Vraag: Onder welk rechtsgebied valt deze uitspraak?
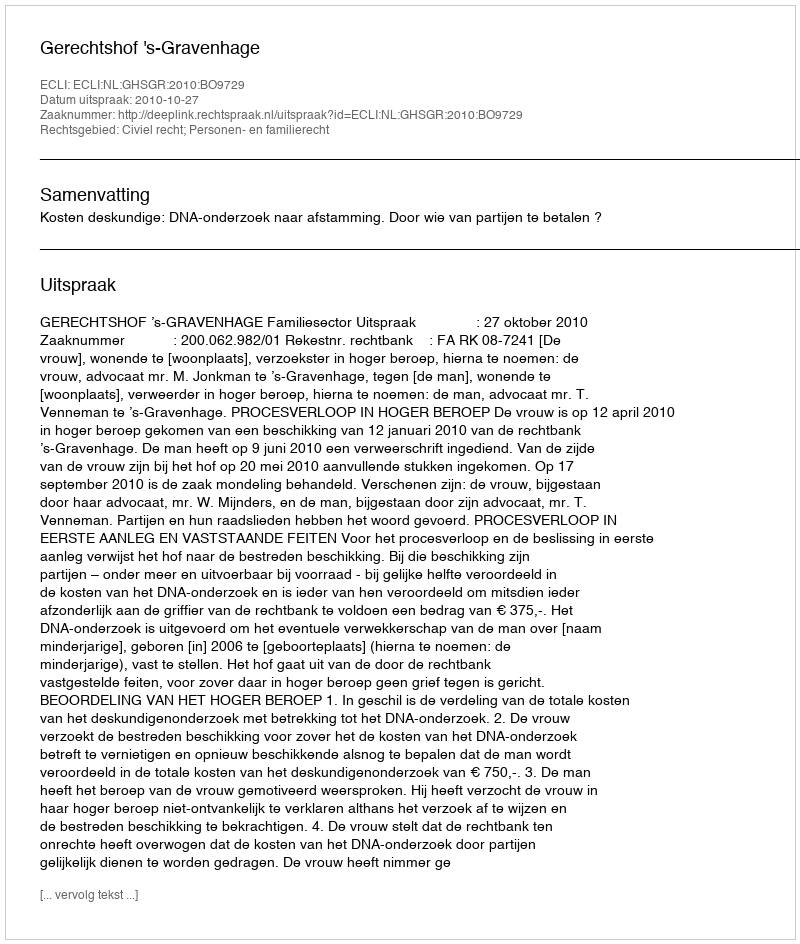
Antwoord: Civiel recht; Personen- en familierecht